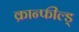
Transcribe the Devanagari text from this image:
क्रान्फील्ड्